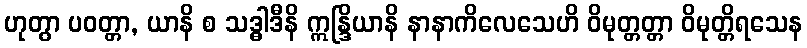
ဟုတွာ ပဝတ္တာ, ယာနိ စ သဒ္ဓါဒီနိ ဣန္ဒြိယာနိ နာနာကိလေသေဟိ ဝိမုတ္တတ္တာ ဝိမုတ္တိရသေန